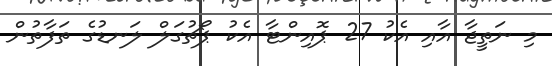
މި ނަތީޖާ އާއި އެކު 27 ޕޮއިންޓާ އެކު ޕޯޗުގަލް ލަނޑުގެ ތަފާތުން